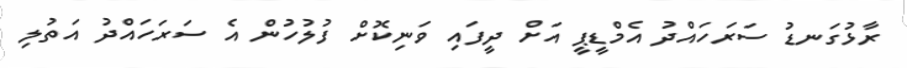
ރާޅުގަނޑު ސަރަހައްދު އެމްޑީޕީ އަށް ދީފައި ވަނިކޮށް ފުލުހުން އެ ސަރަހައްދު އަތުލި